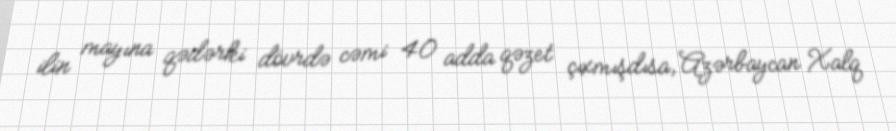
ilin mayına qədərki dövrdə cəmi 40 adda qəzet çıxmışdısa, Azərbaycan Xalq